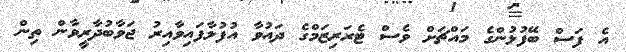
އެ ފަސް ބޭފުޅުންގެ މައްޗަށް ވެސް ޓެރަރިޒަމްގެ ދައުވާ އުފުލާފައިވާއިރު ޖަވާބުދާރީވާން ތިން